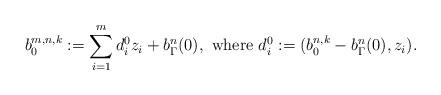
LaTeX: \begin{align*}b_0^{m,n,k}:= \sum_{i=1}^m d^0_i z_i+ b^n_{\Gamma}(0),\textrm{ where } d_i^0:=(b_0^{n,k}-b_{\Gamma}^n(0),z_i).\end{align*}